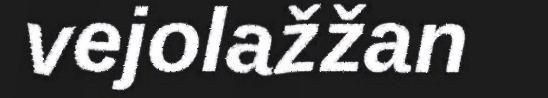
vejolažžan